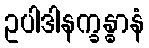
ဥပါဒါနက္ခန္ဓာနံ